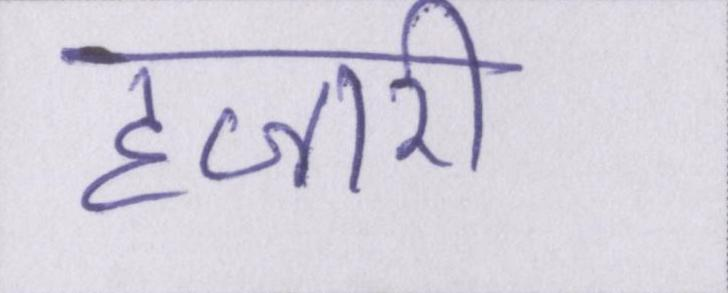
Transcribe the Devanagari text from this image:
हजारी